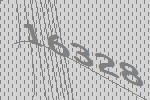
16328